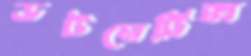
ডটমেট্রিক্স